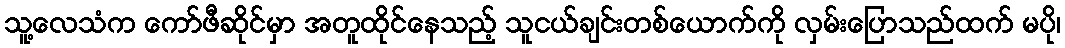
သူ့လေသံက ကော်ဖီဆိုင်မှာ အတူထိုင်နေသည့် သူငယ်ချင်းတစ်ယောက်ကို လှမ်းပြောသည်ထက် မပို၊